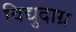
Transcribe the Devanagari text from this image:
विद्युदाग्र